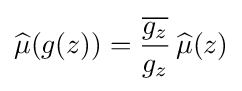
\displaystyle {\widehat {\mu }}(g(z))={{\overline {g_{z}}} \over g_{z}}\,{\widehat {\mu }}(z)